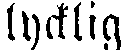
lycklig.